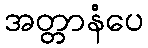
အတ္တာနံပေ